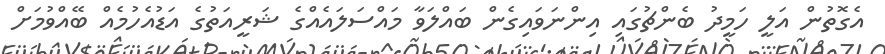
އެގޮތުން އަލީ ހަމީދު ބެންޗުގައި އިންނަވައިގެން ބައްލަވާ މައްސަލައެއްގެ ޝަރީއަތުގެ އަޑުއެހުމެއް ބޭއްވުމަށް